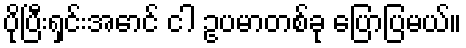
ပိုပြီးရှင်းအောင် ငါ ဥပမာတစ်ခု ပြောပြမယ်။